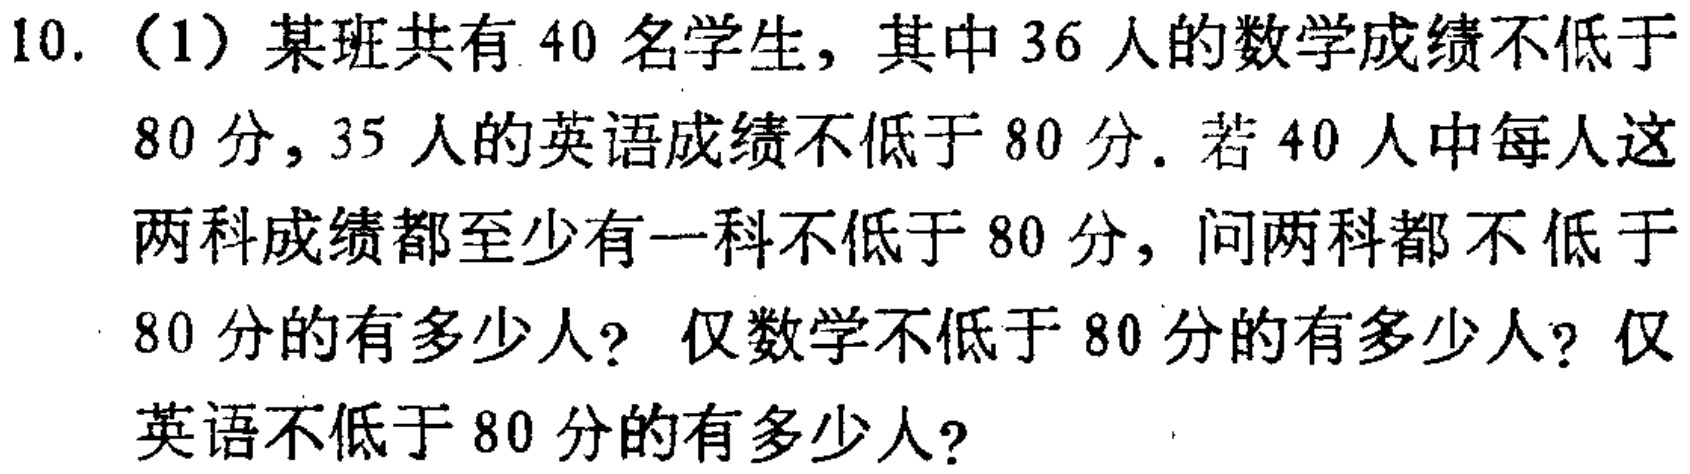
10.（1）某班共有40名学生，其中36人的数学成绩不低于80分，35人的英语成绩不低于80分。若40人中每人这两科成绩都至少有一科不低于80分，问两科都不低于80分的有多少人？仅数学不低于80分的有多少人？仅英语不低于80分的有多少人？